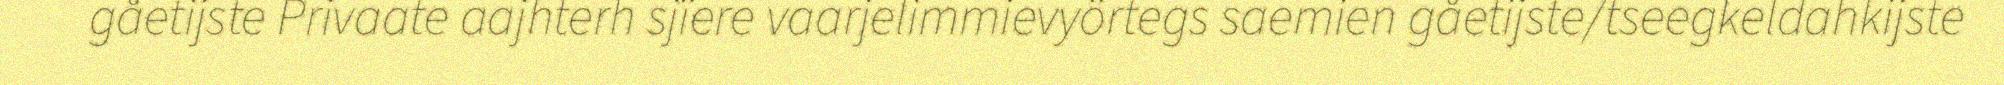
gåetijste Privaate aajhterh sjïere vaarjelimmievyörtegs saemien gåetijste/tseegkeldahkijste